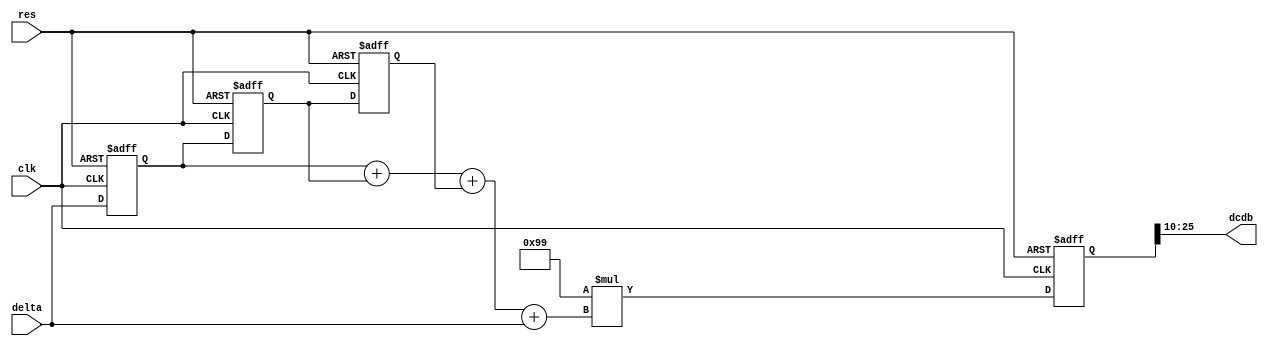
// This program was cloned from: https://github.com/weenslab/fpga101
// License: MIT License

`timescale 1ns / 1ps
//////////////////////////////////////////////////////////////////////////////////
// Company: Kyushu Institute of Technology
// 
// Design Name:    Neural Network (using backpropagation)
// Module Name:    db_adder 
// Project Name:   LSI Design Contest in Okinawa 2018
// Target Devices: 
// Tool versions: 
//
// Description: 
//			Calculation of delta2 with 2 input and 1 output
// Input : 
//		clk				: 1 bit
//		reset			: 1 bit : high active
//		delta           : 16 bits 00_0000.0000_0000_00 signed : delta value
//
// Output:
//		dcdb            : 16 bits 00_0000.0000_0000_00 signed : new bias parameter
//
// Dependencies: 
//
// Revision: 
// Revision 0.01 - File Created
// Additional Comments: 
//
//////////////////////////////////////////////////////////////////////////////////
module db_adder(clk,res,delta,dcdb);
	input 	clk,res;
	input signed [15:0] delta;
	output signed [15:0] dcdb;
	
	reg [3:0]		q;
	reg signed [15:0]	delta_1,delta_2,delta_3,delta_4;
	reg signed [15:0]	eta = 16'b1111111110011001;//eta=-0.1
	reg signed [31:0]	tmp_dcdb;
		
	always@(posedge clk or posedge res) 
	begin
		if(res == 1'b1)
			q <= 4'h0;
		else if(q == 4'h3)
			q <= 4'h0;
		else
			q <= q + 4'h1;
	end
	
	always@(posedge clk or posedge res)
	begin
		if(res == 1'b1)
		begin
			delta_1 <= 0;
			delta_2 <= 0;
			delta_3 <= 0;
			tmp_dcdb <= 0;
		end
		else
		    begin
		      delta_3 <= delta_2;
		      delta_2 <= delta_1;
		      delta_1 <= delta;
		      tmp_dcdb <= eta * (delta_1 + delta_2 + delta_3 + delta);
		    end
	end
	
	assign dcdb = tmp_dcdb[25:10];
		
endmodule